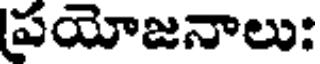
పయోజనాలు: